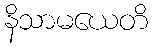
နိသာမယေတိ